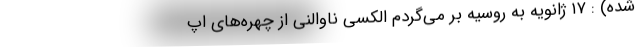
شده) : ۱۷ ژانویه به روسیه بر می‌گردم الکسی ناوالنی از چهره‌های اپ